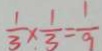
\frac { 1 } { 3 } \times \frac { 1 } { 3 } = \frac { 1 } { 9 }